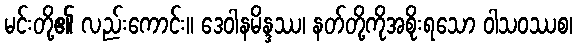
မင်းတို့၏ လည်းကောင်း။ ဒေဝါနမိန္ဒဿ၊ နတ်တို့ကိုအစိုးရသော ဝါသဝဿစ၊